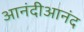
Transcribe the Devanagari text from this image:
आनंदीआनंद